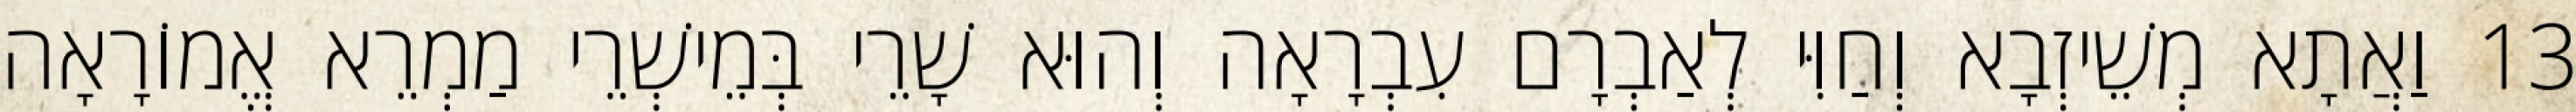
13 וַאֲתָא מְשֵׁיזְבָא וְחַוִּי לְאַבְרָם עִבְרָאָה וְהוּא שָׁרֵי בְּמֵישְׁרֵי מַמְרֵא אֱמוֹרָאָה